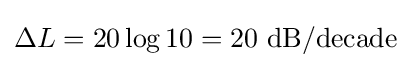
\Delta L=20\log 10=20\ \mathrm {dB/decade}